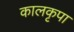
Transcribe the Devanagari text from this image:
कालकृपा